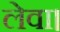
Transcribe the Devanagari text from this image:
लेवा।